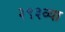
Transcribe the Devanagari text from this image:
३९३व्या